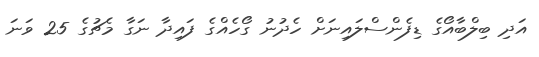
އަދި ބިލްބާއޯގެ ޑިފެންސްލައިނަށް ހެދުނު ގޯހެއްގެ ފައިދާ ނަގާ މެޗުގެ 25 ވަނަ